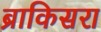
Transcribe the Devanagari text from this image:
ब्राकिसरा